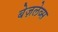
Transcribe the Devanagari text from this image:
बेज़लेव्स